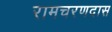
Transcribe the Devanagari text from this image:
रामचरणदास